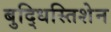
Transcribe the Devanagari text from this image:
बुद्धिस्तिशेन